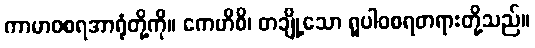
ကာမာဝစရအာရုံတို့ကို။ ကေဟိစိ၊ တချို့သော ရူပါဝစရတရားတို့သည်။